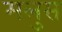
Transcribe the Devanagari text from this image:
मलुस